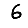
Digit: 6